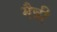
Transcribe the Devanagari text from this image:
मैन्नी